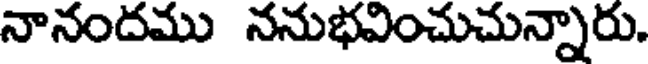
నానందము ననుభవించుచున్నారు.